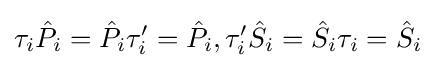
\tau _{i}{\hat {P}}_{i}={\hat {P}}_{i}\tau '_{i}={\hat {P}}_{i},\tau '_{i}{\hat {S}}_{i}={\hat {S}}_{i}\tau _{i}={\hat {S}}_{i}